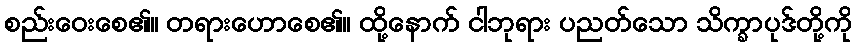
စည်းဝေးစေ၏။ တရားဟောစေ၏။ ထို့နောက် ငါဘုရား ပညတ်သော သိက္ခာပုဒ်တို့ကို